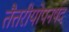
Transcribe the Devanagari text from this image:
तैत्तरीयोपनषद